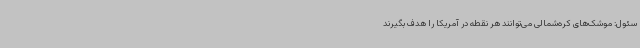
سئول: موشک‌های کره‌شمالی می‌توانند هر نقطه در آمریکا را هدف بگیرند